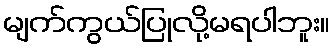
မျက်ကွယ်ပြုလို့မရပါဘူး။